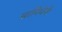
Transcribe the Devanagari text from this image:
सामिधेनी